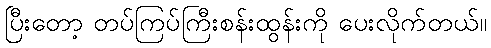
ပြီးတော့ တပ်ကြပ်ကြီးစန်းထွန်းကို ပေးလိုက်တယ်။